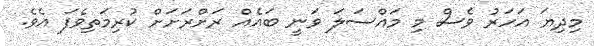
މިދިޔަ އަހަރު ވެސް މި މައްސަލަ ވަނީ ބައެއް ރަށްރަށަށް ކުރިމަތިވެފަ އެވެ.